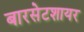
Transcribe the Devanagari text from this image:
बारसेटशायर